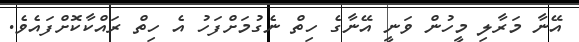
އޭނާ މަރާލި މީހުން ވަނީ އޭނާގެ ހިތް ނެގުމަށްފަހު އެ ހިތް ރައްކާކޮށްފައެވެ.